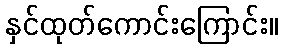
နှင်ထုတ်ကောင်းကြောင်း။